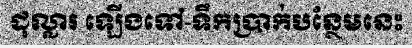
ដុល្លារ ឡើងទៅ-ទឹកប្រាក់បន្ថែមនេះ